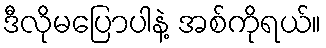
ဒီလိုမပြောပါနဲ့ အစ်ကိုရယ်။